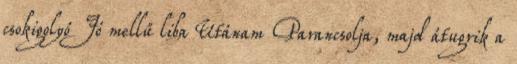
csokigolyó Jó mellű liba Utánam Parancsolja, majd átugrik a